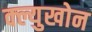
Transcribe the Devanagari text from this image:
क्ल्युखोन